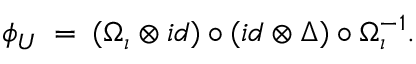
\phi _ { U } \: = \: ( \Omega _ { \iota } \otimes i d ) \circ ( i d \otimes \Delta ) \circ \Omega _ { \iota } ^ { - 1 } .